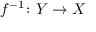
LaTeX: f ^ { - 1 } \colon Y \to X